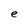
Character: e